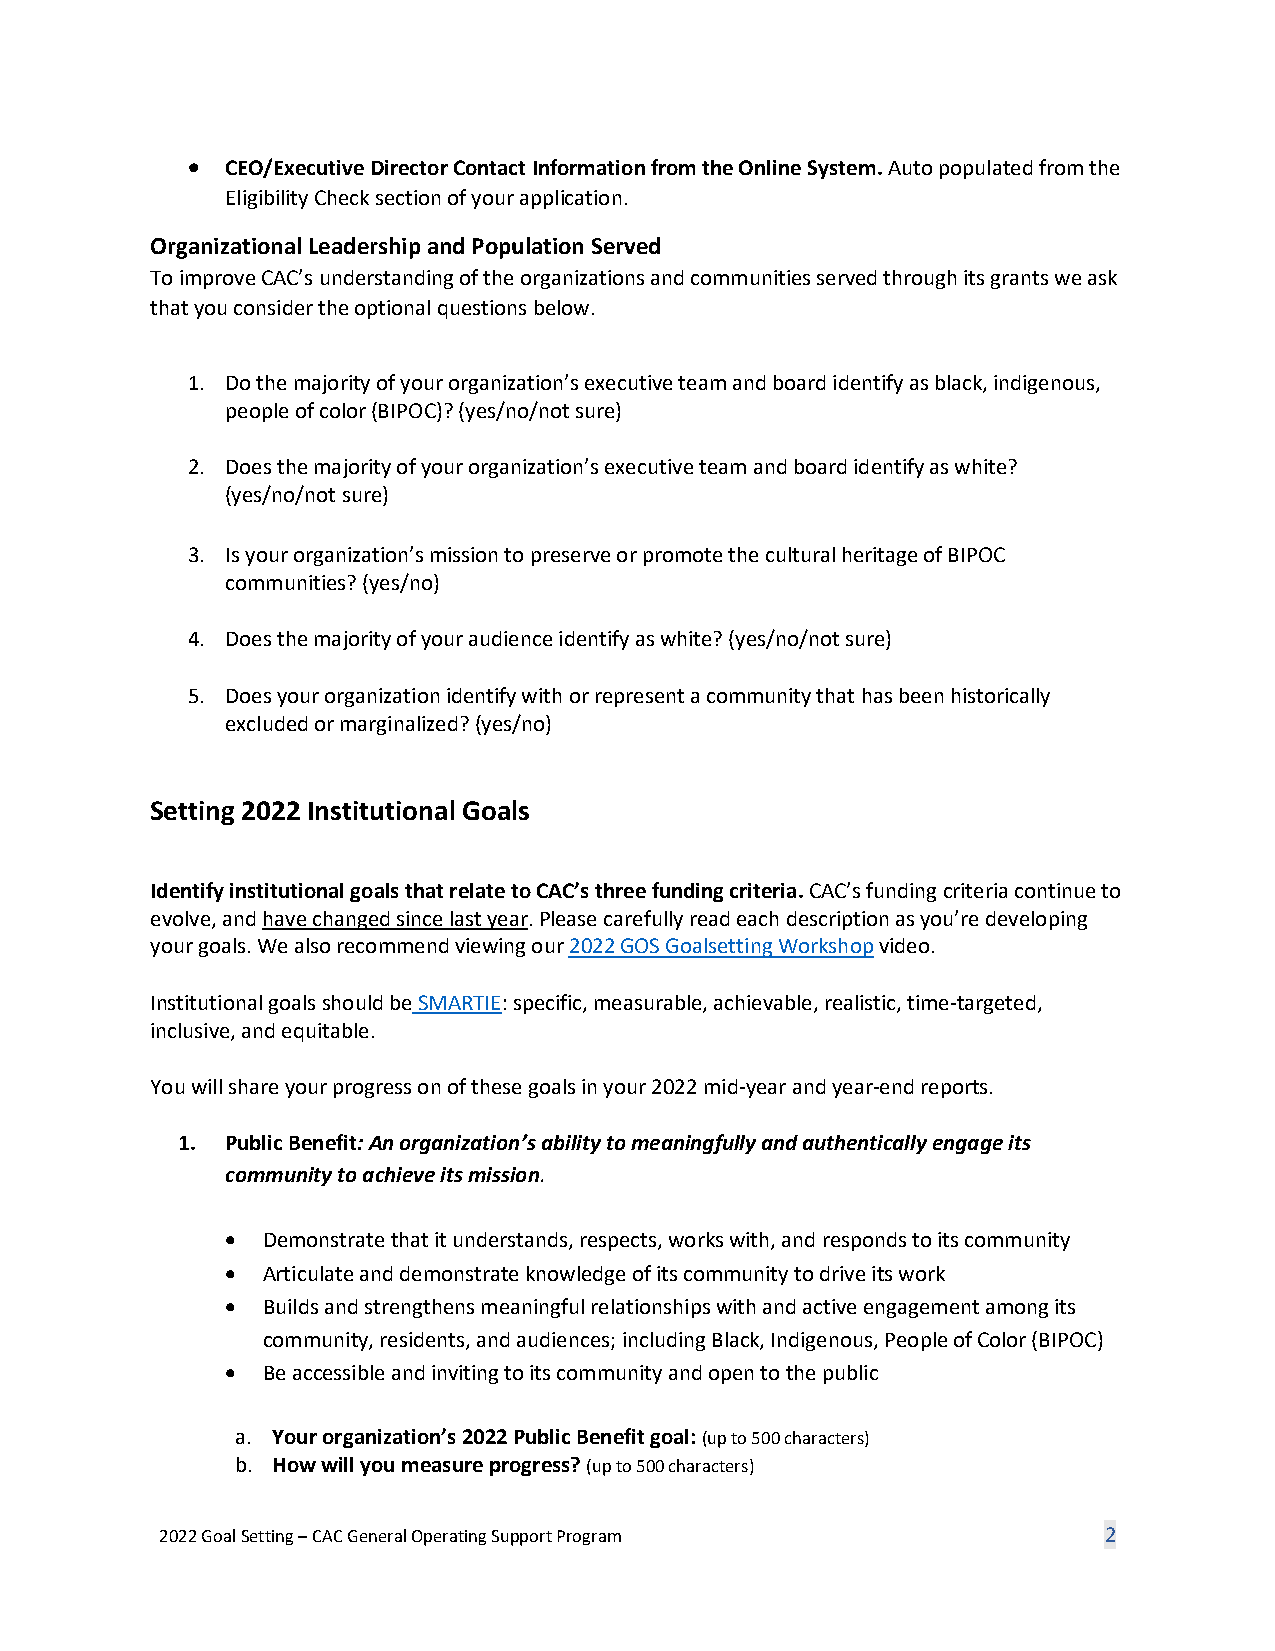
•  CEO/Executive Director Contact Information from the Online System. Auto populated from the
 Eligibility Check section of your application.
 Organizational Leadership and Population Served
 To improve CAC’s understanding of the organizations and communities served through its grants we ask
 that you consider the optional questions below.
 1. Do the majority of your organization’s executive team and board identify as black, indigenous,
 people of color (BIPOC)? (yes/no/not sure)
 2. Does the majority of your organization’s executive team and board identify as white?
 (yes/no/not sure)
 3. Is your organization’s mission to preserve or promote the cultural heritage of BIPOC
 communities? (yes/no)
 4. Does the majority of your audience identify as white? (yes/no/not sure)
 5. Does your organization identify with or represent a community that has been historically
 excluded or marginalized? (yes/no)
 Setting 2022 Institutional Goals
 Identify institutional goals that relate to CAC’s three funding criteria. CAC’s funding criteria continue to
 evolve, and have changed since last year. Please carefully read each description as you’re developing
 your goals. We also recommend viewing our 2022 GOS Goalsetting Workshop video.
 Institutional goals should be SMARTIE: specific, measurable, achievable, realistic, time-targeted,
 inclusive, and equitable.
 You will share your progress on of these goals in your 2022 mid-year and year-end reports.
 1. Public Benefit: An organization’s ability to meaningfully and authentically engage its
 community to achieve its mission.
 • Demonstrate that it understands, respects, works with, and responds to its community
 • Articulate and demonstrate knowledge of its community to drive its work
 • Builds and strengthens meaningful relationships with and active engagement among its
 community, residents, and audiences; including Black, Indigenous, People of Color (BIPOC)
 • Be accessible and inviting to its community and open to the public
 a. Your organization’s 2022 Public Benefit goal: (up to 500 characters)
 b. How will you measure progress? (up to 500 characters)
 2022 Goal Setting – CAC General Operating Support Program     2